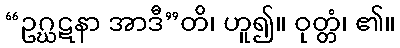
“ဥဂ္ဃဋနာ အာဒီ”တိ၊ ဟူ၍။ ဝုတ္တံ၊ ၏။